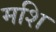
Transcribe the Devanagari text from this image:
मशि